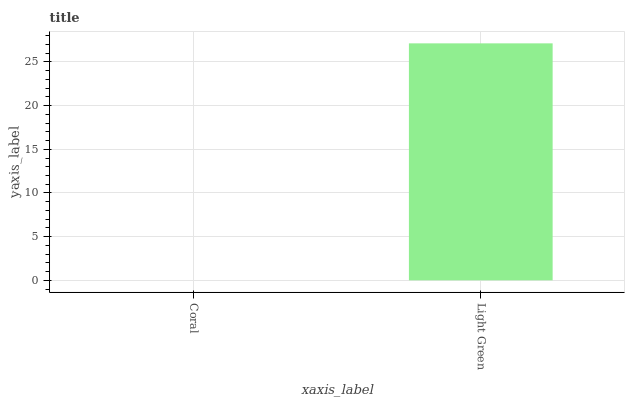
| xaxis_label | bars |
 | --- | --- |
 | Coral | 0 |
 | Light Green | 27.1 |